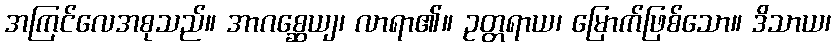
အကြင်လေအစုသည်။ အာဂစ္ဆေယျ၊ လာရာ၏။ ဥတ္တရာယ၊ မြောက်ဖြစ်သော။ ဒိသာယ၊